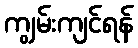
ကျွမ်းကျင်ရန်